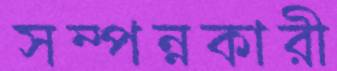
সম্পন্নকারী